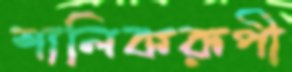
শালিকরূপী